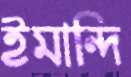
ইমান্দি